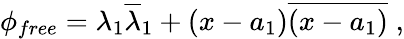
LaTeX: \phi_{free}=\lambda_{1}\overline{{{\lambda}}}_{1}+\left(x-a_{1}\right)\overline{{{\left(x-a_{1}\right)}}}\; ,